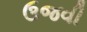
ઉજવી